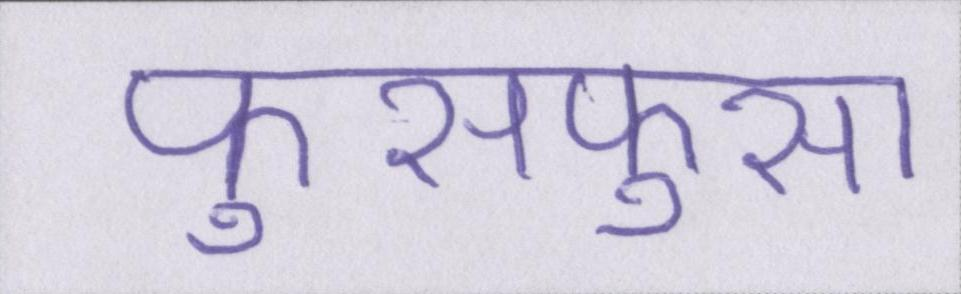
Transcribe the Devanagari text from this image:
फुसफुसा